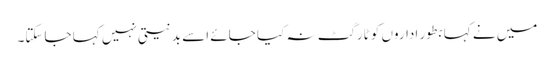
میں نے کہا بطور اداروں کو ٹارگٹ نہ کیا جائے اسے بدنیتی نہیں کہا جاسکتا۔